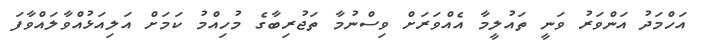
އަހްމަދު އަންވަރު ވަނީ ތައުލީމާ އެއްވަރަށް ވިސްނުމާ ތަޖުރިބާގެ މުހިއްމު ކަމަށް އަލިއަޅުއްވާލައްވާފަ